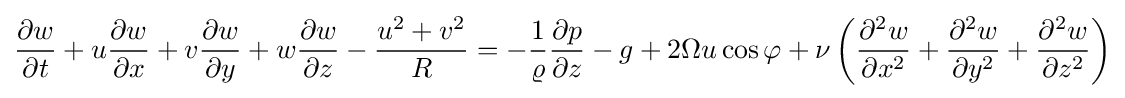
{\frac {\partial w}{\partial t}}+u{\frac {\partial w}{\partial x}}+v{\frac {\partial w}{\partial y}}+w{\frac {\partial w}{\partial z}}-{\frac {u^{2}+v^{2}}{R}}=-{{\frac {1}{\varrho }}{\frac {\partial p}{\partial z}}}-g+2{\Omega u\cos \varphi }+\nu \left({\frac {\partial ^{2}w}{\partial x^{2}}}+{\frac {\partial ^{2}w}{\partial y^{2}}}+{\frac {\partial ^{2}w}{\partial z^{2}}}\right)